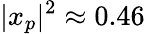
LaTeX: |x_{p}|^{2}\approx 0.46